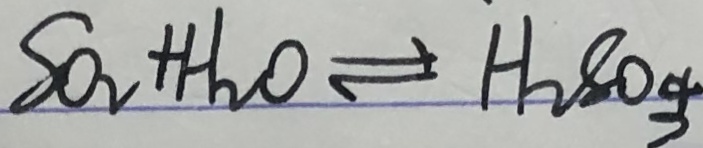
S O _ { 2 } + H _ { 2 } O \rightleftharpoons H _ { 2 } S O _ { 4 }